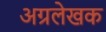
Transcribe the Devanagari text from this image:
अग्रलेखक